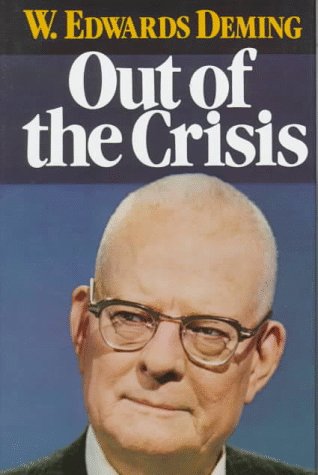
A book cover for Out of the Crisis; W. Edwards Deming; Business & Money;